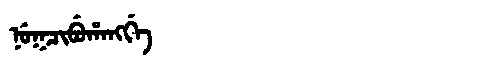
Manchu: ᠨᡠᡴᠴᡳᠪᡠᡥᠠᠩᡤᡝ
Romanization: NUKCIBUHANGGE